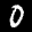
Label: 0